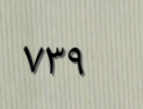
٧٣٩